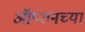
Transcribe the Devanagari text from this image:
ऑप्शनच्या